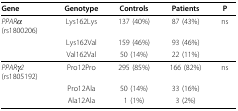
| Gene | Genotype | Controls | Patients | P |
 | --- | --- | --- | --- | --- |
 | PPARα(rs1800206) | Lys162Lys | 137 (40%) | 87 (43%) | ns |
 |  | Lys162Val | 159 (46%) | 93 (46%) |  |
 |  | Val162Val | 50 (14%) | 22 (11%) |  |
 | PPARγ2(rs1805192) | Pro12Pro | 295 (85%) | 166 (82%) | ns |
 |  | Pro12Ala | 50 (14%) | 33 (16%) |  |
 |  | Ala12Ala | 1 (1%) | 3 (2%) |  |